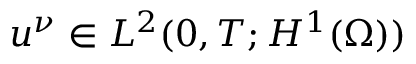
u ^ { \nu } \in L ^ { 2 } ( 0 , T ; H ^ { 1 } ( \Omega ) )